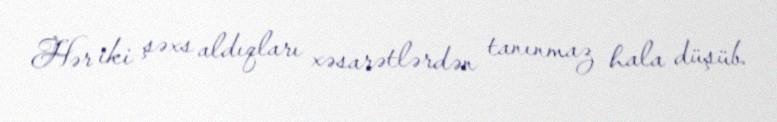
Hər iki şəxs aldıqları xəsarətlərdən tanınmaz hala düşüb.